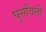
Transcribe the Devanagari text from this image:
घुसविली